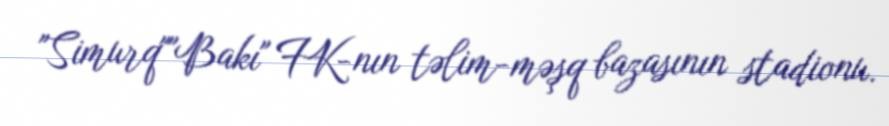
"Simurq""Bakı" FK-nın təlim-məşq bazasının stadionu.